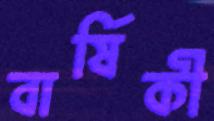
বার্ষিকী